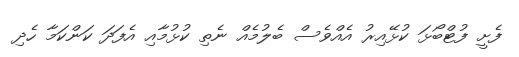
ފެށީ ފުޓްބޯޅަ ކުޅޭއިރު އެއްވެސް ބެލުމެއް ނެތި ކުޅުމާއި އެފަދަ ކަންކަމާ ހެދި